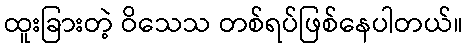
ထူးခြားတဲ့ ဝိသေသ တစ်ရပ်ဖြစ်နေပါတယ်။